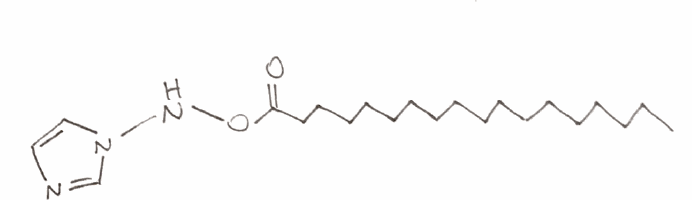
Simplified molecular-input line-entry system (SMILES) notation of the given molecule:
CCCCCCCCCCCCCCCCCC(=O)ONN1C=CN=C1